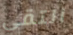
التقي